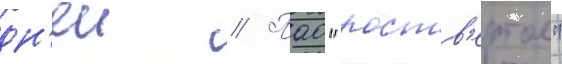
дн'еи // Пао "роств'ертол"